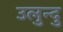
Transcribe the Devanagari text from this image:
उलुन्दु